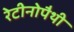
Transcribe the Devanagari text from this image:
रेटीनोपैथी